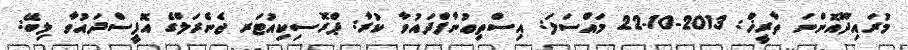
މުރައިދޫއޮންނަ ތާރީޚް: 2013-10-22 މައްސަލަ: އިސްތިޢުނާފްދައުވާ ކުރާ: ޕްރޮސިކިއުޓަރ ޖެނެރަލްގެ އޮފީސްދައުވާ ލިބޭ: